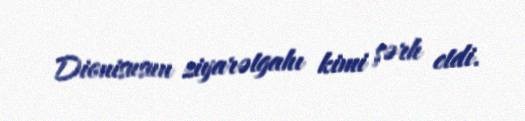
Dionisusun ziyarətgahı kimi şərh etdi.